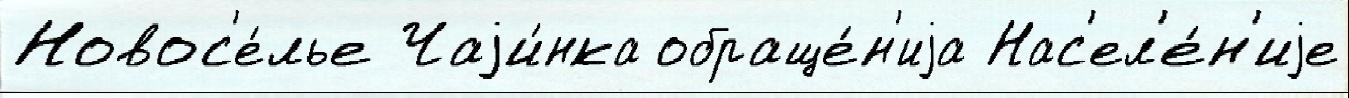
Новос'е́лье Чаjи́нка обраще́н'иjа Нас'ел'е́н'иjе